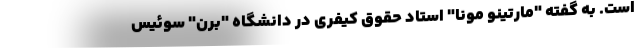
است. به گفته "مارتینو مونا" استاد حقوق کیفری در دانشگاه "برن" سوئیس